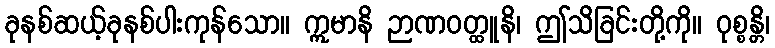
ခုနစ်ဆယ့်ခုနစ်ပါးကုန်သော။ ဣမာနိ ဉာဏဝတ္ထူနိ၊ ဤသိခြင်းတို့ကို။ ဝုစ္စန္တိ၊